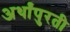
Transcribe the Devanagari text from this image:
अर्थांपुरती